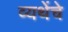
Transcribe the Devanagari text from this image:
व्यथेंचे